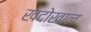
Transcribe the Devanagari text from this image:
खदोखाल